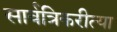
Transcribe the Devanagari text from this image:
सार्वत्रिकरीत्या